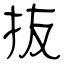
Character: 抜